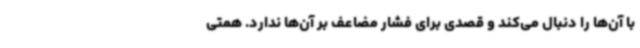
با آن‌ها را دنبال می‌کند و قصدی برای فشار مضاعف بر آن‌ها ندارد. همتی